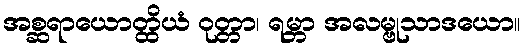
အစ္ဆရာယောတ္ထိယံ ဝုတ္တာ၊ ရမ္ဘာ အလမ္ဗုသာဒယော။